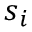
\boldsymbol { s } _ { i }